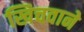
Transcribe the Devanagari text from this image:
खिचवाने